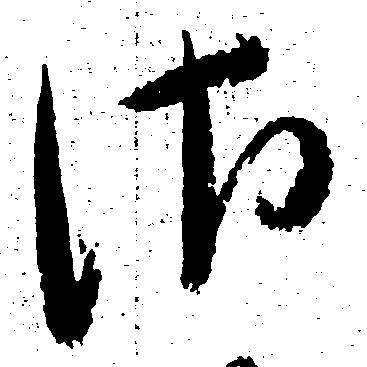
さ